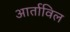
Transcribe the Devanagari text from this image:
आर्ताविल